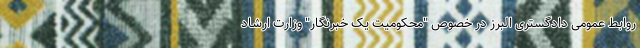
روابط عمومی دادگستری البرز در خصوص "محکومیت یک خبرنگار" وزارت ارشاد